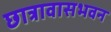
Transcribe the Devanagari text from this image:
छात्रावासभवन